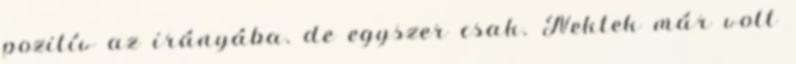
pozitív az irányába. de egyszer csak. Nektek már volt